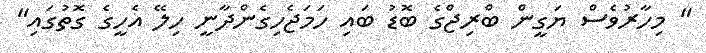
" މިހާރުވެސް ޔަގީން ބްރިޖްގެ ބޮޑު ބައި ހަމަޖެހިގެންދާނީ ހިލޭ އެހީގެ ގޮތުގައި"